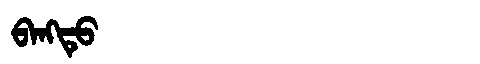
Manchu: ᠪᠠᠩᡨᡠ
Romanization: BANGTU